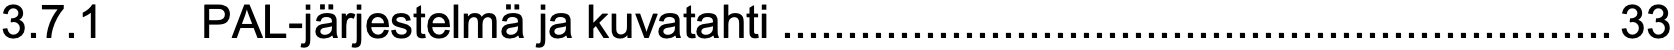
3.7.1  PAL-järjestelmä ja kuvatahti................................................................33